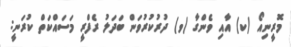
މޮރީނިއޯ (ކ) އާއި ވެންގާ (ވ) ދުރުކުރުވަން ބަދަލު ރެފްރީ މަސައްކަތް ކުރަނީ: